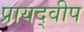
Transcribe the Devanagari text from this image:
प्रायद्‍वीप